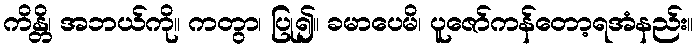
ကိန္တိ၊ အဘယ်ကို။ ကတွာ၊ ပြု၍။ ခမာပေမိ၊ ပူဇော်ကန်တော့ရအံနည်း။